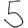
Digit: 5